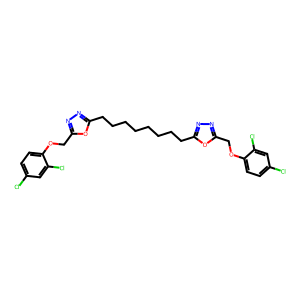
SMILES: Clc1ccc(OCc2nnc(CCCCCCCCc3nnc(COc4ccc(Cl)cc4Cl)o3)o2)c(Cl)c1
Inhibits HIV replication: No